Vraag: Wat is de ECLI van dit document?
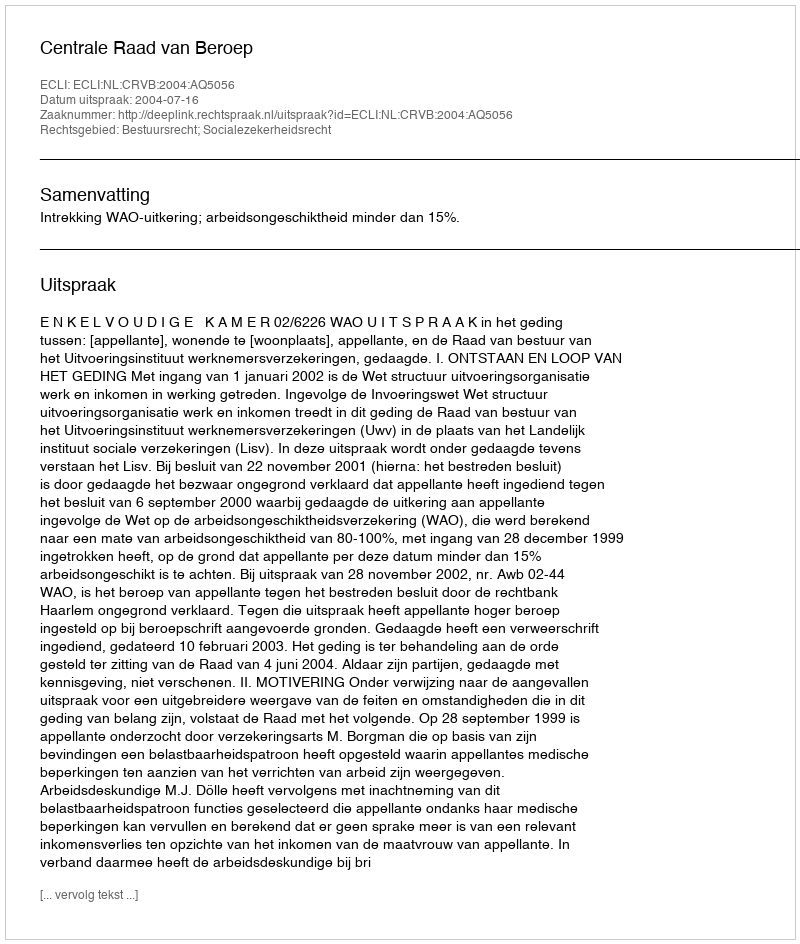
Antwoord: ECLI:NL:CRVB:2004:AQ5056